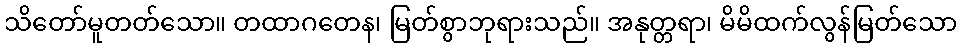
သိတော်မူတတ်သော။ တထာဂတေန၊ မြတ်စွာဘုရားသည်။ အနုတ္တရာ၊ မိမိထက်လွန်မြတ်သော